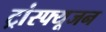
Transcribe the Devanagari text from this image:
ट्रांस्फ्यूजन